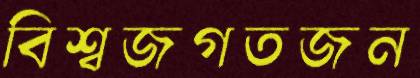
বিশ্বজগতজন